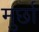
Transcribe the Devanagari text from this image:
मुर्छा